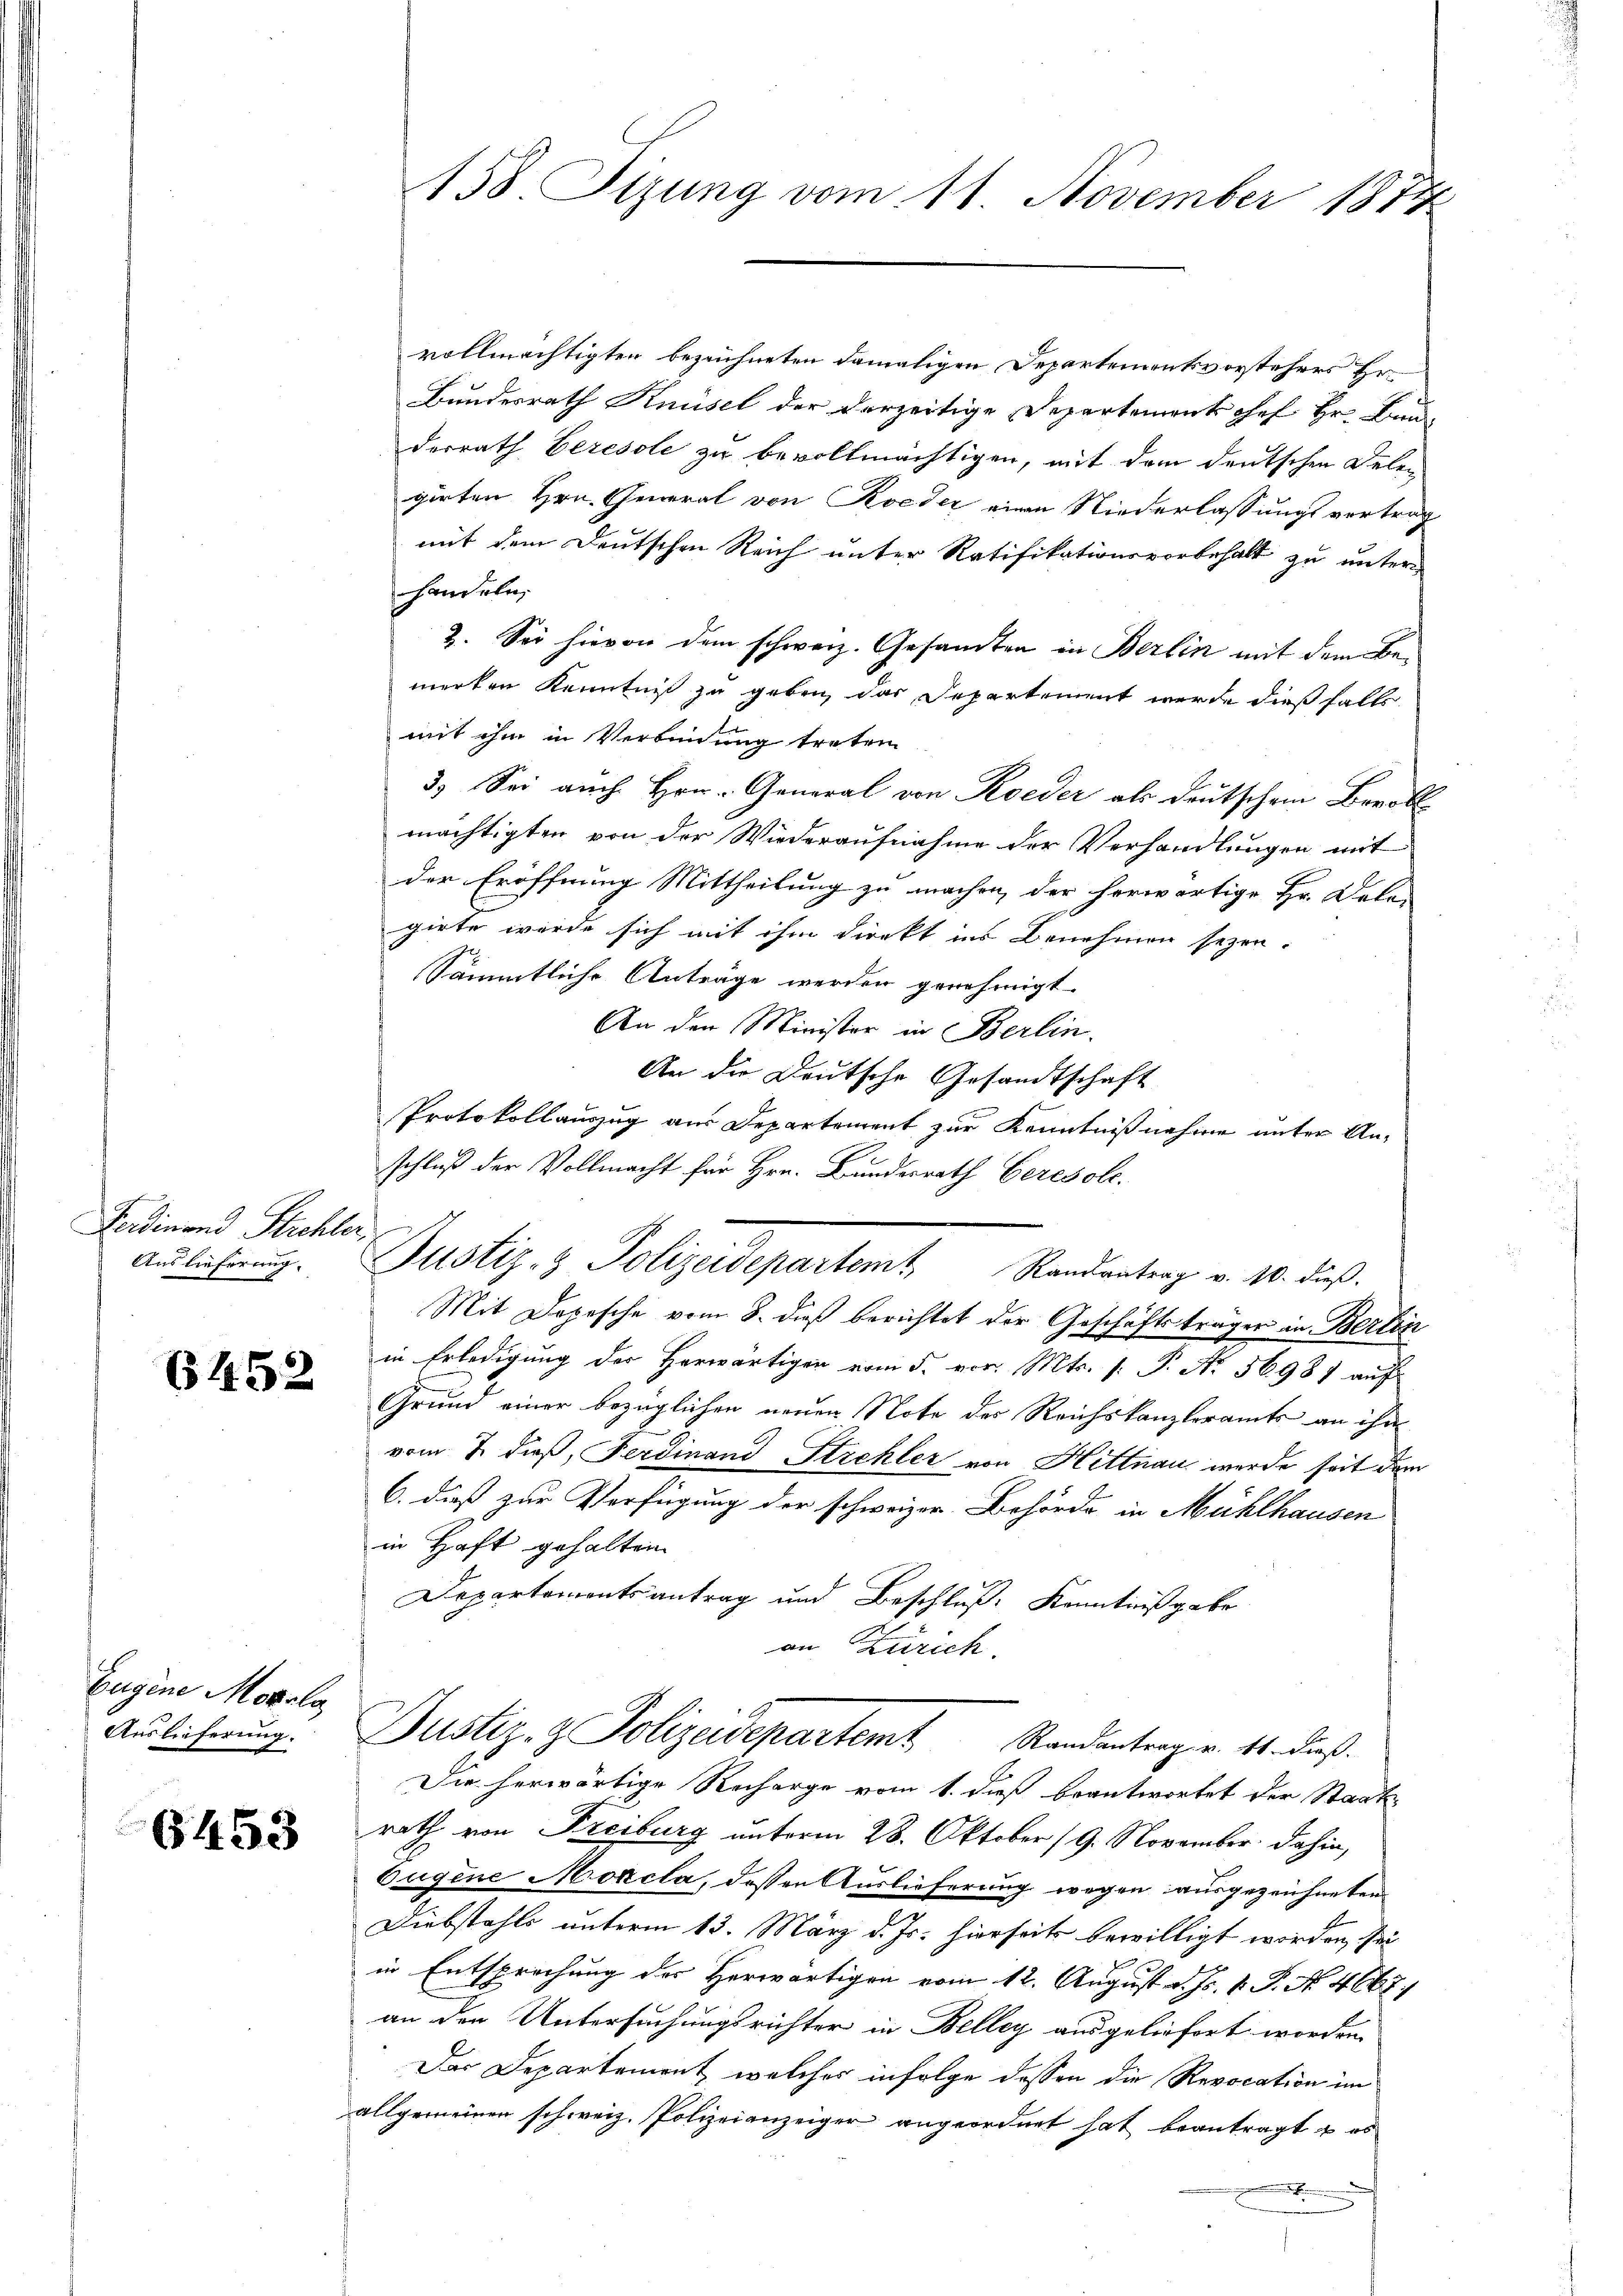
Ferdinand Stichler,
Auslieferung.

6452

Eugine Morala
Auslieferung.

6453

vollmächtigten bezeichneten damaligen Departementsvorstehers Er
Bundesrath Knüsel der derzeitige Departements Chef Hr. Bauderrath beresole zu bevollmächtigen, mit dem deutschen Delen
girten Hrn. General von Roeder einen Niederlassungsvertrag
mit dem Deutschen Reich unter Ratifikationsvorbehalt zu unterhandeln.
2. Sei hievon dem schweiz. Gesamten in Berlin mit dem Bemerken Kenntniß zu geben, das Departement werde dießfalls
mit ihm in Verbindung treten
3.) Sei auch Hrn. General von Koeder als Deutschen Beroll
mächtigten von der Wiederaufnahme der Verhandlungen mit
der Eröffnung Mittheilung zu machen, der herwärtige Hr. Dele-
girte wurde sich mit ihm direkt ins Benehmen seyen.
Sämmtliche Anträge werden genehmigt.
An den Minister in Berlin.
An die Deutsche Gesandtschaft
Protokollauszug aus Departement zur Kenntnißnahme unter An-
schluß der Vollmacht für Hrn. Bunderrath Ceresole.
Mit Depesche vom 8. dieß berichtet der Geschäftsträger in Berlin
in Erledigung der Herwärtigen vom 5. vor. Mts. [: P. Nr. 56981 aufs
Grund einer bezüglichen neuen Note des Reichskanzleramts an ihn
vom 2. dieß, Ferdinand Strehler von Hittnau wurde seit dem
6. dieß zur Verfügung der schweizer Behörde in Mühlhausen
in Haft gehalten
Departementsantrag und Beschluß, Kenntnißgabe
an Zürich.
Justiz- & Polizeidepartemt Randantrag v. 14. dieß.
Die herwärtige Recharge vom 1. dieß beantwortet der Staatsrath von Freiburg unterm 28. Oktober (9. November dahin,
Eugene Morcla, dessen Auslieferung wegen ausgezeichneten
Diebstahls unterm 13. März d. Js. hierseits bewilligt worden, sei
in Entsprechung des Herwärtigen vom 12. August d. Js. 1. P. N. 4667)
an den Untersuchungsrichter in Belley ausgeliefert worden.
Das Departement, welches infolge dessen die Revocation im
allgemeinen schweiz. Polizeianzeiger angeordnet hat beantragt es
.

158. Sizung vom 11. November 1874

Justiz- & Polizeidepartem Randantrag v. 10. dieß.